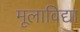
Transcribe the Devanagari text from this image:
मूलाविद्या